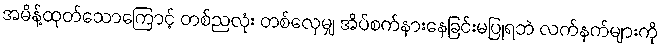
အမိန့်ထုတ်သောကြောင့် တစ်ညလုံး တစ်လှေမျှ အိပ်စက်နားနေခြင်းမပြုရဘဲ လက်နက်များကို